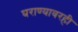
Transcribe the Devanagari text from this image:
घराण्यावरही